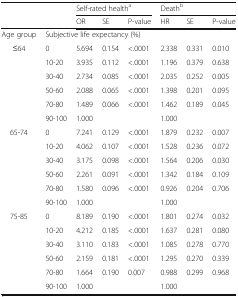
<table><thead><tr><td rowspan="2" colspan="2"></td><td colspan="3"><b>Self-rated health<sup>a</sup></b></td><td colspan="3"><b>Death<sup>b</sup></b></td></tr><tr><td><b>OR</b></td><td><b>SE</b></td><td><b>P-value</b></td><td><b>HR</b></td><td><b>SE</b></td><td><b>P-value</b></td></tr></thead><tbody><tr><td>Age group</td><td colspan="7">Subjective life expectancy (%)</td></tr><tr><td rowspan="6">≤64</td><td>0</td><td>5.694</td><td>0.154</td><td>&lt;.0001</td><td>2.338</td><td>0.331</td><td>0.010</td></tr><tr><td>10-20</td><td>3.935</td><td>0.112</td><td>&lt;.0001</td><td>1.196</td><td>0.379</td><td>0.638</td></tr><tr><td>30-40</td><td>2.734</td><td>0.085</td><td>&lt;.0001</td><td>2.035</td><td>0.252</td><td>0.005</td></tr><tr><td>50-60</td><td>2.088</td><td>0.065</td><td>&lt;.0001</td><td>1.398</td><td>0.201</td><td>0.095</td></tr><tr><td>70-80</td><td>1.489</td><td>0.066</td><td>&lt;.0001</td><td>1.462</td><td>0.189</td><td>0.045</td></tr><tr><td>90-100</td><td>1.000</td><td></td><td></td><td>1.000</td><td></td><td></td></tr><tr><td rowspan="6">65-74</td><td>0</td><td>7.241</td><td>0.129</td><td>&lt;.0001</td><td>1.879</td><td>0.232</td><td>0.007</td></tr><tr><td>10-20</td><td>4.062</td><td>0.107</td><td>&lt;.0001</td><td>1.528</td><td>0.236</td><td>0.072</td></tr><tr><td>30-40</td><td>3.175</td><td>0.098</td><td>&lt;.0001</td><td>1.564</td><td>0.206</td><td>0.030</td></tr><tr><td>50-60</td><td>2.261</td><td>0.091</td><td>&lt;.0001</td><td>1.342</td><td>0.184</td><td>0.109</td></tr><tr><td>70-80</td><td>1.580</td><td>0.096</td><td>&lt;.0001</td><td>0.926</td><td>0.204</td><td>0.706</td></tr><tr><td>90-100</td><td>1.000</td><td></td><td></td><td>1.000</td><td></td><td></td></tr><tr><td rowspan="6">75-85</td><td>0</td><td>8.189</td><td>0.190</td><td>&lt;.0001</td><td>1.801</td><td>0.274</td><td>0.032</td></tr><tr><td>10-20</td><td>4.212</td><td>0.185</td><td>&lt;.0001</td><td>1.637</td><td>0.281</td><td>0.080</td></tr><tr><td>30-40</td><td>3.110</td><td>0.183</td><td>&lt;.0001</td><td>1.085</td><td>0.278</td><td>0.770</td></tr><tr><td>50-60</td><td>2.159</td><td>0.181</td><td>&lt;.0001</td><td>1.295</td><td>0.270</td><td>0.339</td></tr><tr><td>70-80</td><td>1.664</td><td>0.190</td><td>0.007</td><td>0.988</td><td>0.299</td><td>0.968</td></tr><tr><td>90-100</td><td>1.000</td><td></td><td></td><td>1.000</td><td></td><td></td></tr></tbody></table>